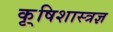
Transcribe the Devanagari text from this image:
कृ्षिशास्त्रज्ञ